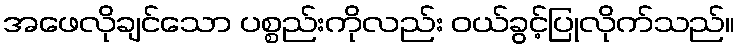
အဖေလိုချင်သော ပစ္စည်းကိုလည်း ဝယ်ခွင့်ပြုလိုက်သည်။